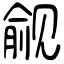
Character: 觎